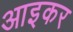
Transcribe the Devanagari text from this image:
आइकर